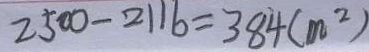
2 5 0 0 - 2 1 1 6 = 3 8 4 ( m ^ { 2 } )